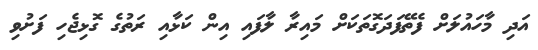
އަދި މާހައުލަށް ފެތޭފަދަގޮތަކަށް މައިރާ ލާފައި އިން ކަޅާއި ރަތުގެ ގޮޅިޖެހި ފަށުވި